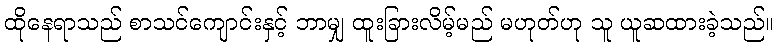
ထိုနေရာသည် စာသင်ကျောင်းနှင့် ဘာမျှ ထူးခြားလိမ့်မည် မဟုတ်ဟု သူ ယူဆထားခဲ့သည်။